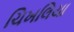
ચિખલિયા